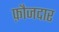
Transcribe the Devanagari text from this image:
फ़ौजदार